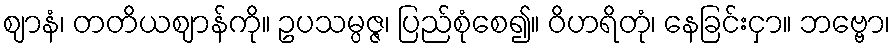
ဈာနံ၊ တတိယဈာန်ကို။ ဥပသမ္ပဇ္ဇ၊ ပြည်စုံစေ၍။ ဝိဟရိတုံ၊ နေခြင်းငှာ။ ဘဗ္ဗော၊